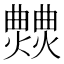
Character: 𤒍